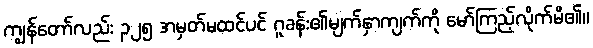
ကျွန်တော်လည်း ၃၂၅ အမှတ်မထင်ပင် ဂူခန်း၏မျက်နှာကျက်ကို မော်ကြည့်လိုက်မိ၏။